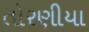
તોરણીયા